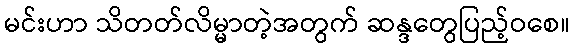
မင်းဟာ သိတတ်လိမ္မာတဲ့အတွက် ဆန္ဒတွေပြည့်ဝစေ။